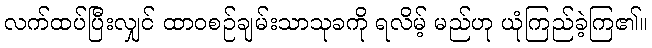
လက်ထပ်ပြီးလျှင် ထာဝစဉ်ချမ်းသာသုခကို ရလိမ့် မည်ဟု ယုံကြည်ခဲ့ကြ၏။